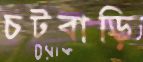
চটবাড়ি